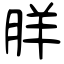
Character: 羘